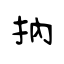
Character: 抐